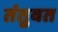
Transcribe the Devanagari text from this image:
तंतुवत